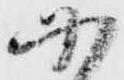
に